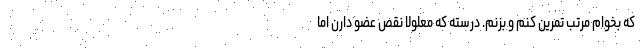
که بخوام مرتب تمرین کنم و بزنم. درسته که معلولا نقص عضو دارن اما